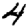
Digit: 4